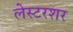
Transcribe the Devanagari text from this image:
लेस्टरशर